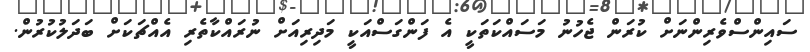
ސައިންސްވެރިންނަށް ކުރަން ޖެހުނު މަސައްކަތަކީ އެ ފަންގަސްއަކީ މަދިރިއަށް ނުރައްކާތެރި އެއްޗަކަށް ބަދަލުކުރުން.